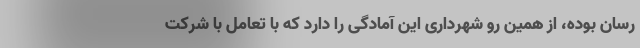
رسان بوده، از همین رو شهرداری این آمادگی را دارد که با تعامل با شرکت